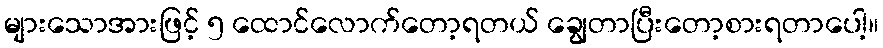
များသောအားဖြင့် ၅ ထောင်လောက်တော့ရတယ် ချွေတာပြီးတော့စားရတာပေါ့။